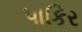
પાકિર